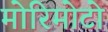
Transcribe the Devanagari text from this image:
मोरिमोटो